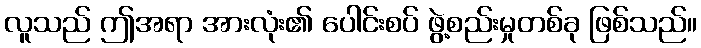
လူသည် ဤအရာ အားလုံး၏ ပေါင်းစပ် ဖွဲ့စည်းမှုတစ်ခု ဖြစ်သည်။